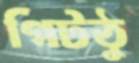
গিটঠু